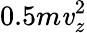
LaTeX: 0.5m\mathit{v}_{z}^{2}